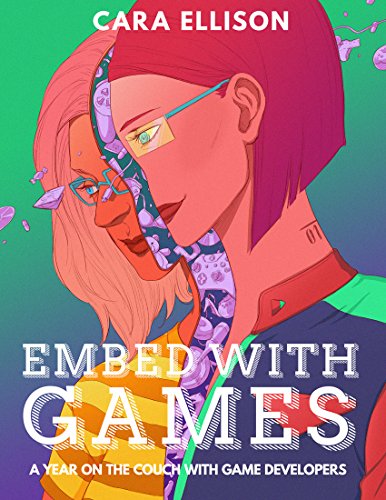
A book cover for Embed with Games: A Year on the Couch with Game Developers; Cara Ellison; Computers & Technology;